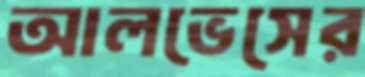
আলভেসের